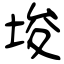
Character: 埈